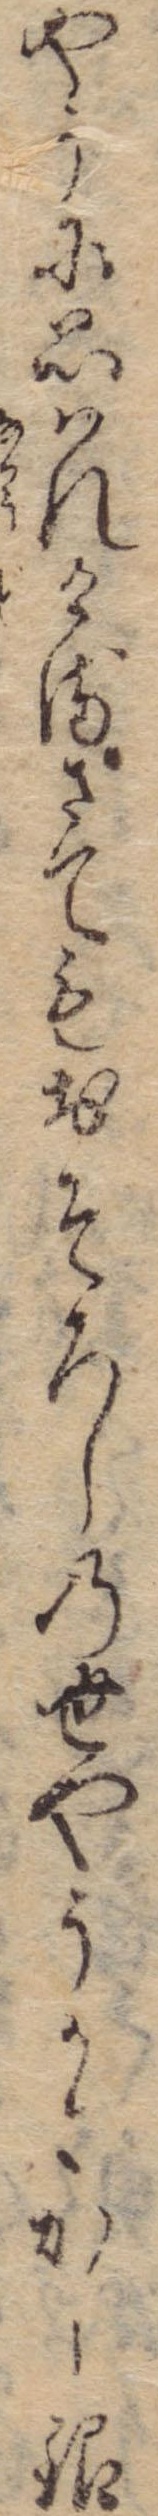
やうに思はれけるさてもおそろしの世やうかとかし銀